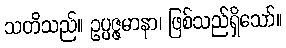
သတိသည်။ ဥပ္ပဇ္ဇမာနာ၊ ဖြစ်သည်ရှိသော်။